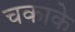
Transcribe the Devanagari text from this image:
चकाके